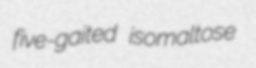
five-gaited isomaltose